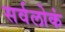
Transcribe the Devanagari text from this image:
सर्वलोकं